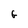
Character: G